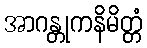
အာဂန္တုကနိမိတ္တံ